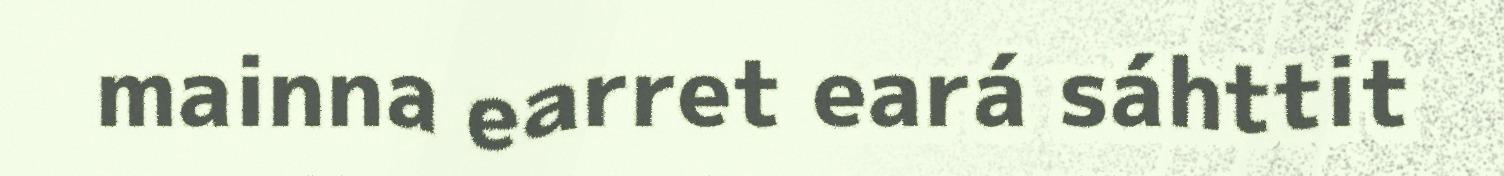
mainna earret eará sáhttit